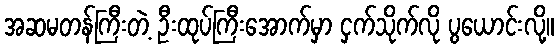
အဆမတန်ကြီးတဲ့ ဦးထုပ်ကြီးအောက်မှာ ငှက်သိုက်လို ပွယောင်းလို့။